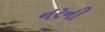
નરની